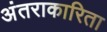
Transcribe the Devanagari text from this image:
अंतराकारिता